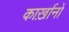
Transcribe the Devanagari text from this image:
कार्ख़ानों